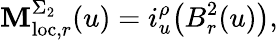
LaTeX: \mathbf{M}_{\mathrm{{loc}},r}^{\Sigma_{2}}(u)=i_{u}^{\rho}\big({B}_{r}^{2}(u)\big),